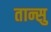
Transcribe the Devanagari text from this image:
तान्सु